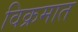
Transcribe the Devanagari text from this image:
विक्रमात